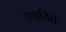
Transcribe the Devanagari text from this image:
सगठित